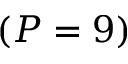
( P = 9 )